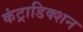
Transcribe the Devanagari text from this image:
कंट्राडिक्शन